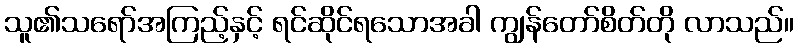
သူ၏သရော်အကြည့်နှင့် ရင်ဆိုင်ရသောအခါ ကျွန်တော်စိတ်တို လာသည်။